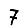
Digit: 7